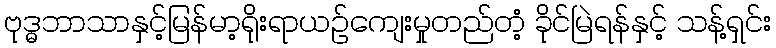
ဗုဒ္ဓဘာသာနှင့်မြန်မာ့ရိုးရာယဉ်ကျေးမှုတည်တံ့ ခိုင်မြဲရန်နှင့် သန့်ရှင်း